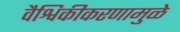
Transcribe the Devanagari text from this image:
वैश्विकीकरणामुळे